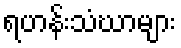
ရဟန်းသံဃာများ